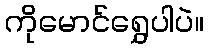
ကိုမောင်ရွှေပါပဲ။